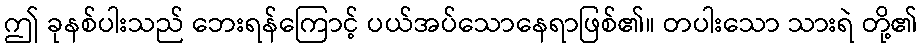
ဤ ခုနစ်ပါးသည် ဘေးရန်ကြောင့် ပယ်အပ်သောနေရာဖြစ်၏။ တပါးသော သားရဲ တို့၏